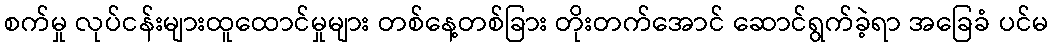
စက်မှု လုပ်ငန်းများထူထောင်မှုများ တစ်နေ့တစ်ခြား တိုးတက်အောင် ဆောင်ရွက်ခဲ့ရာ အခြေခံ ပင်မ